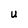
Character: U